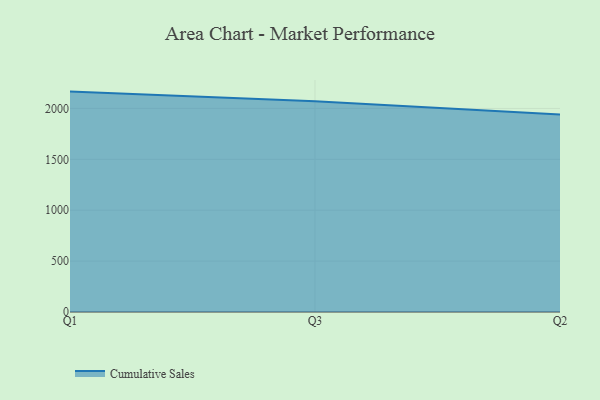
{"axis": {"x": "Quarter", "y": "Backlog"}, "legend": ["Cumulative Sales"], "data": [{"x": "Q1", "y": 2165.5, "type": "Cumulative Sales"}, {"x": "Q3", "y": 2069.5, "type": "Cumulative Sales"}, {"x": "Q2", "y": 1939.5, "type": "Cumulative Sales"}]}